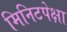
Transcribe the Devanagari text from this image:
मिनिटपेक्षा